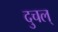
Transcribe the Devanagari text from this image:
दुचल्